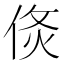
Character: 𠊅